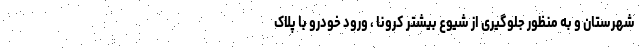
شهرستان و به منظور جلوگیری از شیوع بیشتر کرونا ، ورود خودرو با پلاک